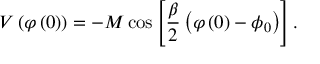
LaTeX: V \left( \varphi \left( 0 \right) \right) = - M \cos \left[ \frac { \beta } { 2 } \left( \varphi \left( 0 \right) - \phi _ { 0 } \right) \right] .